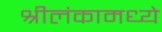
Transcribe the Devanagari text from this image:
श्रीलंकामध्ये